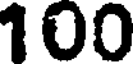
100